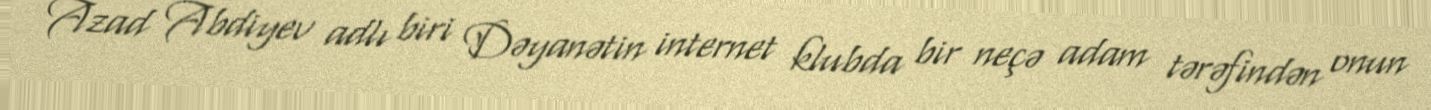
Azad Abdiyev adlı biri Dəyanətin internet klubda bir neçə adam tərəfindən onun